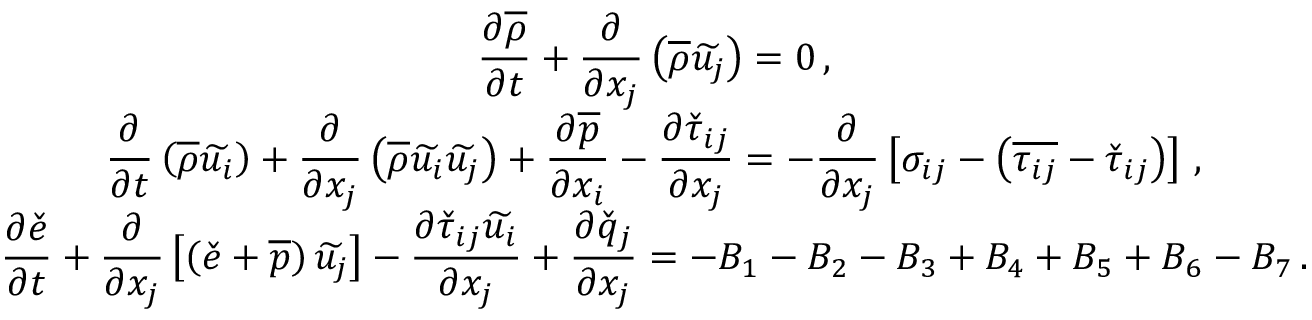
\begin{array} { c } { \displaystyle \frac { \partial \overline { { \rho } } } { \partial t } + \frac { \partial } { \partial x _ { j } } \left( \overline { { \rho } } \widetilde { u _ { j } } \right) = 0 \, \mathrm { , } } \\ { \displaystyle \frac { \partial } { \partial t } \left( \overline { { \rho } } \widetilde { u _ { i } } \right) + \frac { \partial } { \partial x _ { j } } \left( \overline { { \rho } } \widetilde { u _ { i } } \widetilde { u _ { j } } \right) + \frac { \partial \overline { { p } } } { \partial x _ { i } } - \frac { \partial \check { \tau } _ { i j } } { \partial x _ { j } } = - \frac { \partial } { \partial x _ { j } } \left[ \sigma _ { i j } - \left( \overline { { \tau _ { i j } } } - \check { \tau } _ { i j } \right) \right] \, \mathrm { , } } \\ { \displaystyle \frac { \partial \check { e } } { \partial t } + \frac { \partial } { \partial x _ { j } } \left[ \left( \check { e } + \overline { { p } } \right) \widetilde { u _ { j } } \right] - \frac { \partial \check { \tau } _ { i j } \widetilde { u _ { i } } } { \partial x _ { j } } + \frac { \partial \check { q } _ { j } } { \partial x _ { j } } = - B _ { 1 } - B _ { 2 } - B _ { 3 } + B _ { 4 } + B _ { 5 } + B _ { 6 } - B _ { 7 } \, \mathrm { . } } \end{array}